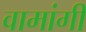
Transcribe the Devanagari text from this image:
वामांगीं